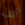
أنت